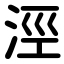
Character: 涇